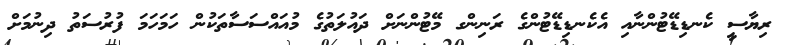
ރިޔާސީ ކެނޑިޑޭޓުންނާއި އެކެނޑިޑޭޓުންގެ ރަނިންގ މޭޓުންނަށް ދައުލަތުގެ މުއައްސަސާތަކުން ހަމަހަމަ ފުރުސަތު ދިނުމަށް